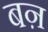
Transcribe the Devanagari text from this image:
बऩ